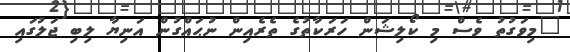
"މިވަގުތު ވެސް މި ކޯލިޝަން ހަރަކާތުގެ ތެރެއިން ނުޙައްގުން އަނިޔާ ލިބި ޖަލުގައި